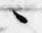
々